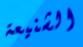
الشنيعة